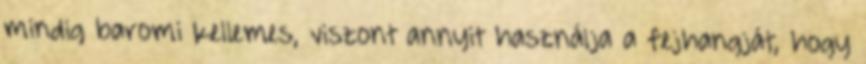
mindig baromi kellemes, viszont annyit használja a fejhangját, hogy